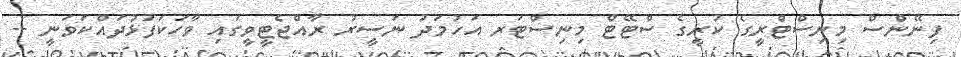
ފިނޭންސް މިނިސްޓްރީގެ ކުރީގެ ސްޓޭޓް މިނިސްޓަރ އަހުމަދު ނަސީރު ރާއްޖެޓީވީގައި ވާހަކަފުޅުދައްކަވަނީ --